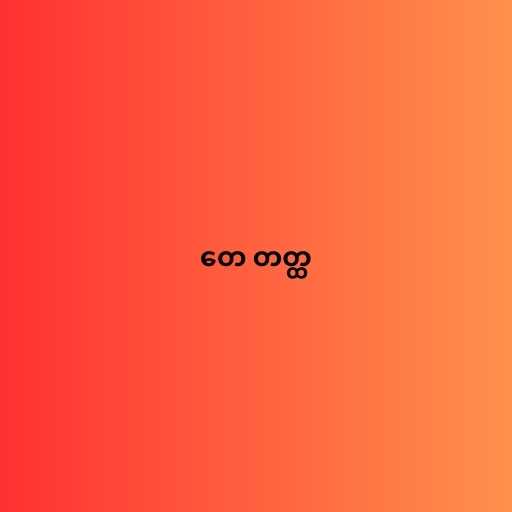
တေ တတ္ထ